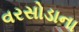
વરસોડાના